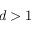
d > 1